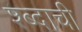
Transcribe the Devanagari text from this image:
श्ब्दाची